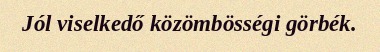
Jól viselkedő közömbösségi görbék.